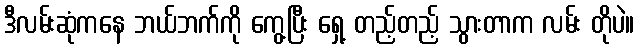
ဒီလမ်းဆုံကနေ ဘယ်ဘက်ကို ကွေ့ပြီး ရှေ့ တည့်တည့် သွားတာက လမ်း တိုပဲ။